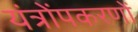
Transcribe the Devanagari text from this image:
यंत्रोंपकरणों